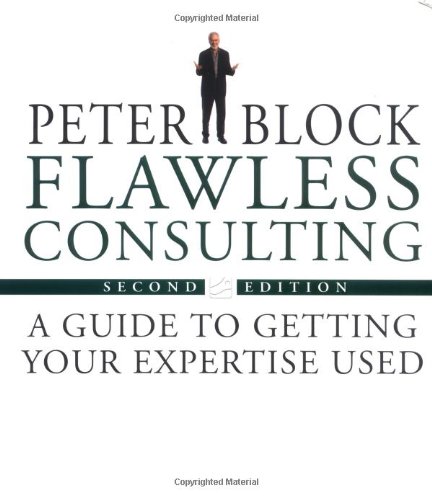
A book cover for Flawless Consulting: A Guide to Getting Your Expertise Used; Peter Block; Business & Money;